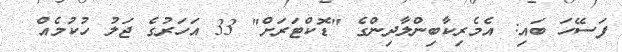
ފަސޭހަ ބައި: އެމެރިކާބިންލާދިންގެ "ޑޮކްޓަރަށް" 33 އަހަރުގެ ޖަލު ހުކުމެއް